Medical and sanitary report of the native army of Bengal for the year
Year: 1875
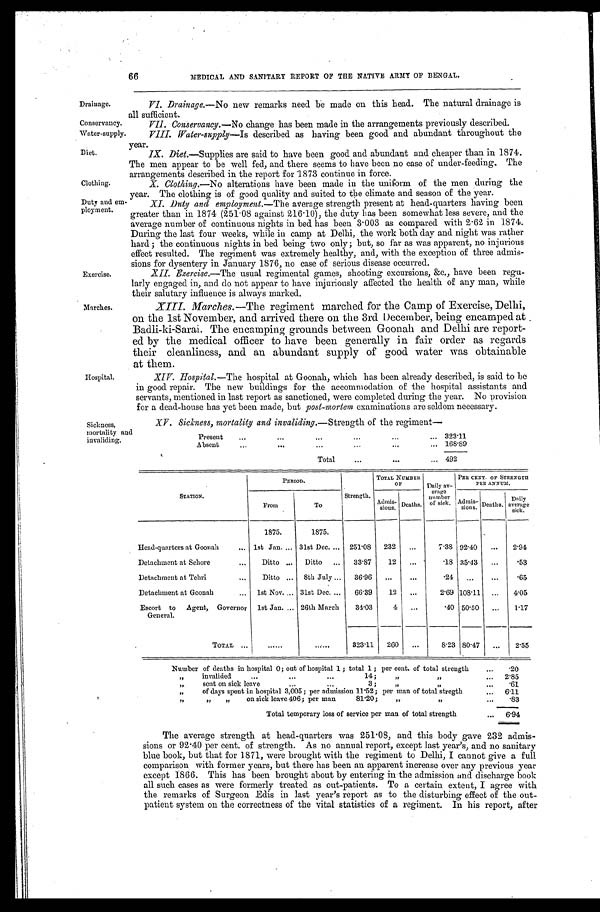
MEDICAL AND SANITARY REPORT OF THE NATIVE ARMY OF BENGAL.
Drainage.
Conservancy.
Water-supply.
Diet.
Clothing.
Duty and em-
ployment.
VI. Drainage.—No new remarks need be made on this head. The natural drainage is
all sufficient.
VII. Conservancy.—No change has been made in the arrangements previously described.
VIII. Water-supply—Is described as having been good and abundant throughout the
year.
IX. Diet. —Supplies are said to have been good and abundant and cheaper than in
1874. The men appear to be well fed, and there seems to have been no case of under-feeding, The
arrangements described in the report for 1873 continue in force.
X. Clothing.—No alterations have been made in the uniform of the men during the
year. The Clothing is of good quality and suited to the climate and season of the year.
XI. Duty and employment.— The average strength present at head-quarters having been
greater than in 1874 (251.08 against 216.10), the duty has been somewhat less severe, and the
average number of continuous nights in bed has been 3.003 as compared with 2.62 in 1874.
D u r i n g t h e l a s t f o u r w e e k s , w h i l e i n c a m p a t D e l h i , t h e w o r k b o t h d a y a n d n i g h t w a s r a t h e r
hard; the continuous nights in bed being two only; but, so far as was apparent, no injurious
effect resulted. The regiment was extremely healthy, and, with the exception of three admis--
sions for dysentery in January 1876, no case of serious disease occurred.
Exercise.
Marches.
Hospital.
XII. Exercise.— The usual regimental games, shooting excursions, &c., have been regu
-larly engaged in, and do not appear to have injuriously affected the health of any man, while
their salutary influence is always marked.
XIII. Marches. — The regiment marched for the Camp of Exercise, Delhi,
on the 1st November, and arrived there on the 3rd December, being encamped at
Badli-ki-Sarai. The encamping grounds between Goonah and Delhi are report-
-ed by the medical officer to have been generally in fair order as regards
their cleanliness, and an abundant supply of good water was obtainable
at them.
XIV. Hospital.— The hospital at Goonah, which has been already described, is said to be
in good repair. The new buildings for the accommodation of the hospital assistants and
servants, mentioned in last report as sanctioned, were completed during the year. No provision
for a dead-house has yet been made, but post-mortem examinations are seldom necessary.
Sickness,
mortality and
invaliding.
XV. Sickness, mortality and invaliding.— Strength of the regiment—
Present . . .
323.11
Absent . . .
168.89
Total . . .
492
STATION.
PERIOD.
Strength.
TOTAL. NUMBER
OF
Daily av-
erage
number
of sick,
PER CENT. OF STRENGTH
PER ANNUM.
From
To
Admis-
sions.
Deaths
.
Admis-
sions. Deaths.
Daily
average
sick.
1875.
1875.
Head-quarters at Goonah . . . 1st Jan. . . . 31st Dec. . . .
251 .08
232
. . .
7.38 92.40
. . .
2.94
Detachment at Sehore . . .
Ditto . . .
Ditto . . .
33.87
12
. . .
.18 35.43
. . .
.53
Detachment at Tehri . . .
Ditto . . .
8th July . . .
36.96
. . .
. . .
.24
. . .
. . .
.65
Detachment at Goonah . . .
1st Nov. . . . 31st Dec. . . .
66.39
12
. . .
2.69 108.11
. . .
4.05
Escort to Agent, Governor
General.
1st Jan. . . .
26th March
34.03
4
. . .
.40 50.50
. . .
1.17
TOTAL . . .
. . .
. . .
823.11
260
. . .
8.23 80.47
. . .
2.55
Number of deaths in hospital 0; out of hospital 1; total 1 ; per cent. of total strength . . .
.20
"
invalided . . . 14; " " . . .
2.85
" sent on sick leave . . .3; " " . . .
.61
"of ays spent in hospital 3,005; per admission 11.52; per man of total stregth . . .
6.11
" " " on sick leave 406; per man 81.20; " " . . .
.83
Total temporary loss of service per man of total strength . . .
6.94
The average strength at head-quarters was 251.08, and this body gave 232 admis
-sions or 92.40 per cent. of strength. As no annual report, except last year's, and no sanitary
blue book, but that for 1871, were brought with the regiment to Delhi, I cannot give a full
comparison with former years, but there has been an apparent increase over any previous year
except 1866. This has been brought about by entering m the admission and discharge book
all such cases as were formerly treated as out-patients. To a certain extent, I agree with
the remarks of Surgeon Edis in last year's report as to the disturbing effect of the out-
patient system on the correctness of the vital statistics of a regiment. In his report, after